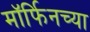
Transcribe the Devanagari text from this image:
मॉर्फिनच्या